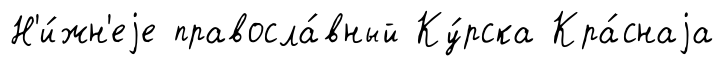
Н'и́жн'еjе правосла́вный Ку́рска Кра́снаjа